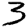
Digit: 3